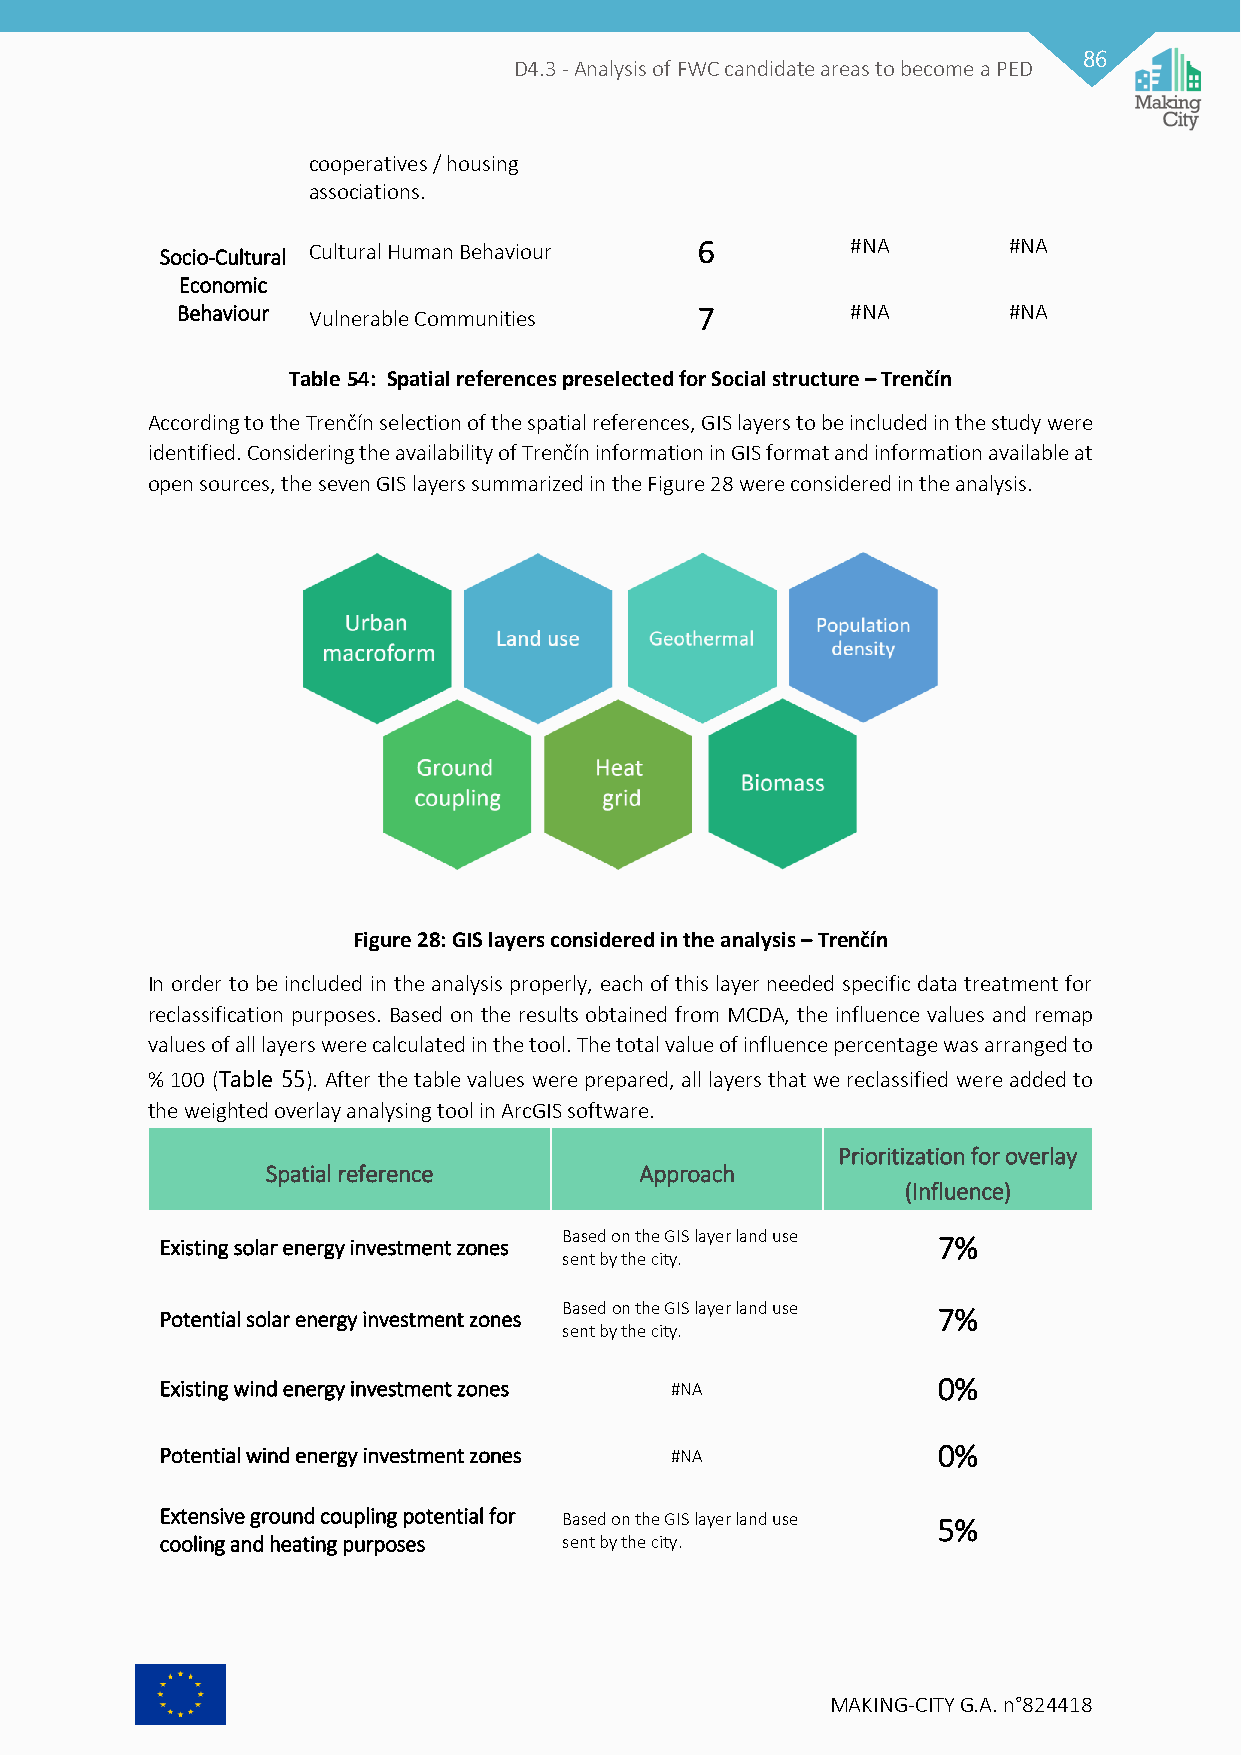
86
 D4.3 - Analysis of FWC candidate areas to become a PED
 cooperatives / housing
 associations.
 Socio-Cultural Cultural Human Behaviour 6    #NA        #NA
 Economic
 Behaviour Vulnerable Communities  7         #NA        #NA
 Table 54: Spatial references preselected for Social structure – Trenčín
 According to the Trenčín selection of the spatial references, GIS layers to be included in the study were
 identified. Considering the availability of Trenčín information in GIS format and information available at
 open sources, the seven GIS layers summarized in the Figure 28 were considered in the analysis.
 Figure 28: GIS layers considered in the analysis – Trenčín
 In order to be included in the analysis properly, each of this layer needed specific data treatment for
 reclassification purposes. Based on the results obtained from MCDA, the influence values and remap
 values of all layers were calculated in the tool. The total value of influence percentage was arranged to
 % 100 (Table 55). After the table values were prepared, all layers that we reclassified were added to
 the weighted overlay analysing tool in ArcGIS software.
 Prioritization for overlay
 Spatial reference       Approach
 (Influence)
 Existing solar energy investment zones Based on the GIS layer land use 7%
 sent by the city.
 Potential solar energy investment zones Based on the GIS layer land use 7%
 sent by the city.
 Existing wind energy investment zones #NA          0%
 Potential wind energy investment zones #NA         0%
 Extensive ground coupling potential for Based on the GIS layer land use 5%
 cooling and heating purposes sent by the city.
 MAKING-CITY G.A. n°824418